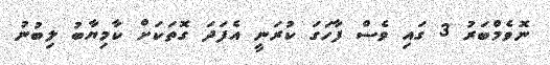
ނޮވެމްބަރު 3 ގައި ވެސް ފާހަގަ ކުރަނީ އެފަދަ ގޮތަކަށް ކާމިޔާބު ލިބުނު